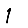
Digit: 1